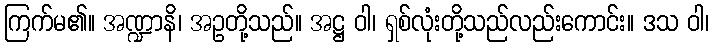
ကြက်မ၏။ အဏ္ဍာနိ၊ အဥတို့သည်။ အဋ္ဌ ဝါ၊ ရှစ်လုံးတို့သည်လည်းကောင်း။ ဒသ ဝါ၊